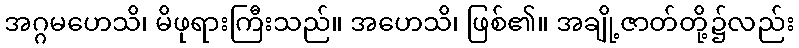
အဂ္ဂမဟေသိ၊ မိဖုရားကြီးသည်။ အဟေသိ၊ ဖြစ်၏။ အချို့ဇာတ်တို့၌လည်း